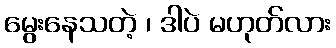
မွေးနေသတဲ့ ၊ ဒါပဲ မဟုတ်လား